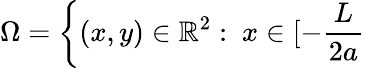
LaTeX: \Omega=\left\{ (x,y)\in\mathbb{R}^{2}:\ x\in[-\frac{L}{2a}\right.